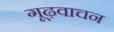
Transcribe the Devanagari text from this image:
गूढ़वाचन